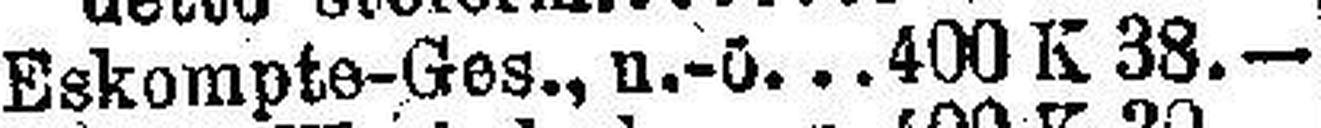
Eskompte-Ges., u.-ö. 400 K 38.—